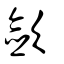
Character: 歛